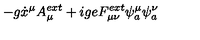
- g \dot { x } ^ { \mu } A _ { \mu } ^ { e x t } + i g e F _ { \mu \nu } ^ { e x t } \psi _ { a } ^ { \mu } \psi _ { a } ^ { \nu }